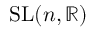
\operatorname { S L } ( n , \mathbb { R } )